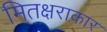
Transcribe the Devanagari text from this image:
मितक्षराकार